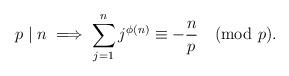
LaTeX: \begin{align*} p\mid n \implies \sum_{j=1}^{n}j^{\phi(n)} \equiv - \frac{n}{p} \pmod{p}.\end{align*}